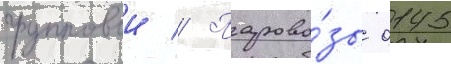
групповои // Парово́зы 0145